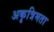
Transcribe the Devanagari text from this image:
अकृत्रिमता